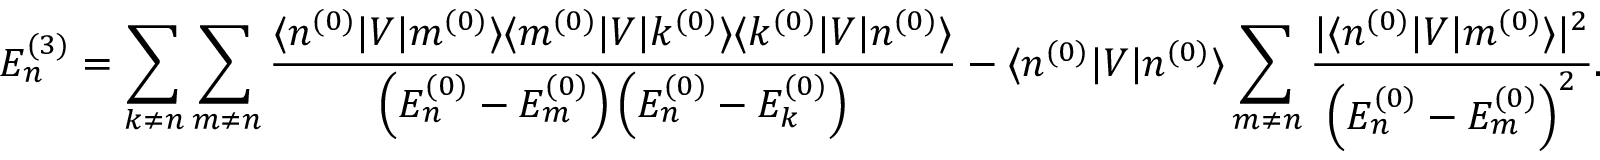
E _ { n } ^ { ( 3 ) } = \sum _ { k \neq n } \sum _ { m \neq n } { \frac { \langle n ^ { ( 0 ) } | V | m ^ { ( 0 ) } \rangle \langle m ^ { ( 0 ) } | V | k ^ { ( 0 ) } \rangle \langle k ^ { ( 0 ) } | V | n ^ { ( 0 ) } \rangle } { \left( E _ { n } ^ { ( 0 ) } - E _ { m } ^ { ( 0 ) } \right) \left( E _ { n } ^ { ( 0 ) } - E _ { k } ^ { ( 0 ) } \right) } } - \langle n ^ { ( 0 ) } | V | n ^ { ( 0 ) } \rangle \sum _ { m \neq n } { \frac { | \langle n ^ { ( 0 ) } | V | m ^ { ( 0 ) } \rangle | ^ { 2 } } { \left( E _ { n } ^ { ( 0 ) } - E _ { m } ^ { ( 0 ) } \right) ^ { 2 } } } .